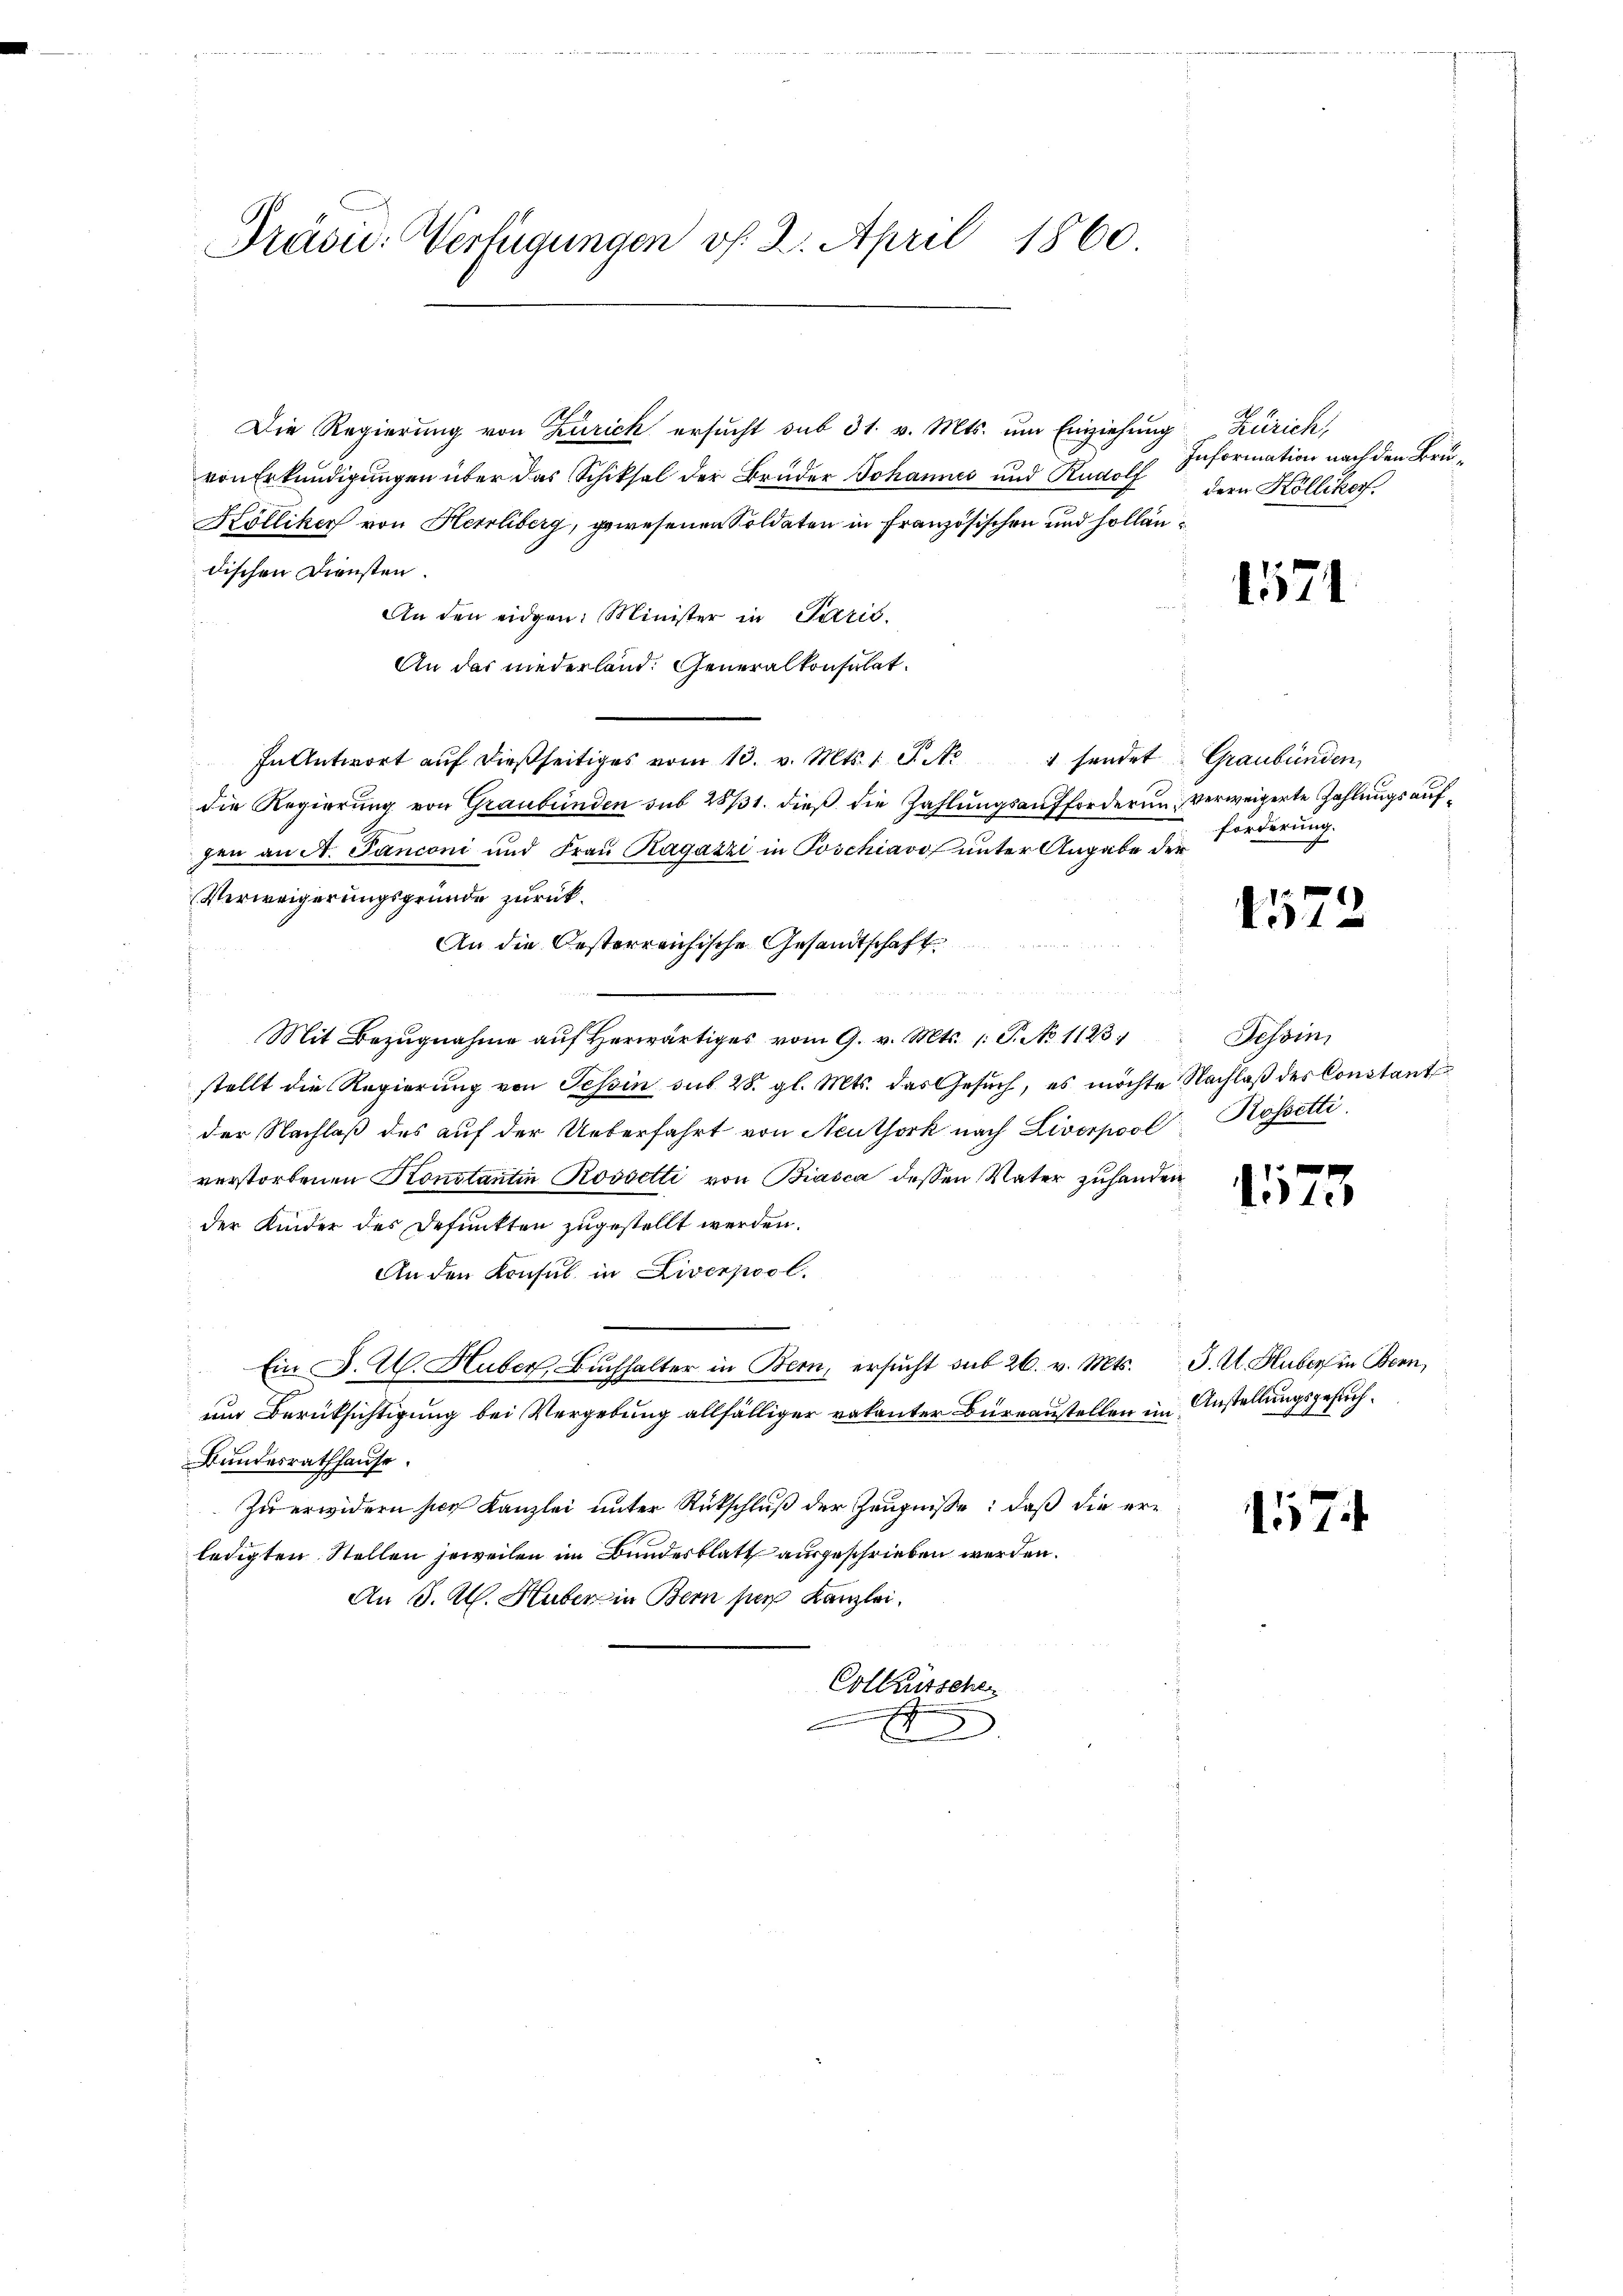
Prüsic: Verfügungen v. 2. April 1860.

Die Regierung von Zürich ersucht sub 31. v. Mts. um Einziehung
von Erkundigungen über das Schiksal der Bruder Johannes und Rudolf
Kölliker von Herrliberg, gewesenen Soldaten in Französischen und holländischen Diensten.
An den eidgen. Minister in Parić.
An das niederland. Generalkonsulat.
In Antwort aŭf dießseitiges vom 13. v. Mts. 1 S. Nr. 1 sendet
die Regierung von Graubünden sub 28731. dieß die Zahlungsaufforderung verweigerte Zahlungsaufhen an A. Panconi und Frau Ragazzi in Poschiavo unter Angabe d.
Verweigerungsgründe zurück¬
An die Oesterreichische Gesandtschaft
Renten Mit de
Mit Bezugnahme auf Herwärtiges vom 9. v. Mts. 1. P. No 1133
stellt die Regierung von Tessin sub 28. gl. Mts. das Gesuch, es möchte
der Nachlaß des auf der Ueberfahrt von Neuthork nach Liverpool Rossetti
verstorbenen Konstantin Roosetti von Biasca dessen Vater zuhande
der Kinder des Defunkten zugestellt werden.
An den Konsul in Liverpool.
Ein K. A. Huber, Buchhalter in Bern, ersucht sub 26. v. Mts.
und Berüksichtigung bei Vergebung allfälliger vakanter Bureaustellen im Anstellungsgesuch¬
Bundesrathhause.
Zu erwidern hier Kanzlei unter Rückschluß der Zeugnisse: daß die erledigten Stellen jeweilen im Bundesblatt ausgeschrieben werden.
An J. A. Huber in Bern sich Kanzlei.
Collaussche
E

Zürich,
Information nach den Brudern Köllikon.

1571

Graubünden
forderung.
er

1572

Tessin,
" Nachlaß der Constant

1573

J. A. Huber in Bern,

157